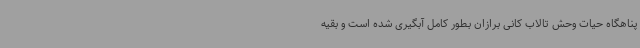
پناهگاه حیات وحش تالاب کانی برازان بطور کامل آبگیری شده است و بقیه